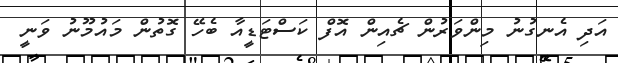
އަދި އެނގުނު މިންވަރުން ޗެއިން އޮފް ކަސްޓަޑީއާ ބެހޭ ގޮތުން މައުމޫނު ވަނީ